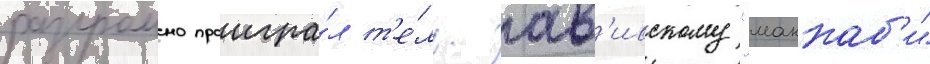
разгромно проигра́л т'е́ль-ав'ивскому "маккаб'и"